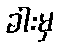
ခါးမှ